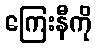
ကြေးနီကို